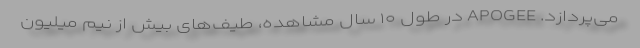
می‌پردازد. APOGEE در طول ۱۰ سال مشاهده، طیف‌های بیش از نیم میلیون